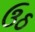
ઉઠ